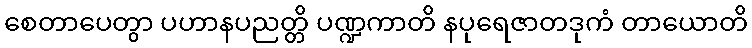
စေတာပေတွာ ပဟာနပညတ္တိ ပဏ္ဍကာတိ နပုရေဇာတဒုကံ တာယောတိ